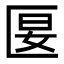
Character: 匽